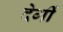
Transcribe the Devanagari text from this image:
देगीं